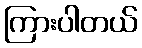
ကြားပါတယ်